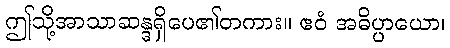
ဤသို့အာသာဆန္ဒရှိပေ၏တကား။ ဧဝံ အဓိပ္ပာယော၊